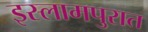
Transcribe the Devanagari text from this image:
इस्लामपुरात